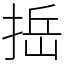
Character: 捳